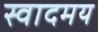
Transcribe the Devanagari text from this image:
स्वादमय